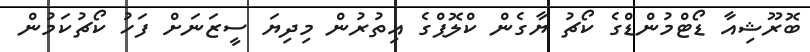
ބޮރޫޝިއާ ޑޯޓްމުންޑްގެ ކޯޗު ޔާގެން ކްލޮޕްގެ އިތުރުން މިދިޔަ ސީޒަނަށް ފަހު ކޯޗުކަމުން